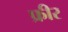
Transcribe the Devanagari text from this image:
फ्रीर